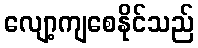
လျော့ကျစေနိုင်သည်